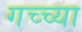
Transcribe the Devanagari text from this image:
गच्च्या